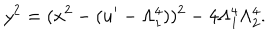
y ^ { 2 } = ( x ^ { 2 } - ( u ^ { \prime } - \Lambda _ { 1 } ^ { 4 } ) ) ^ { 2 } - 4 \Lambda _ { 1 } ^ { 4 } \Lambda _ { 2 } ^ { 4 } .